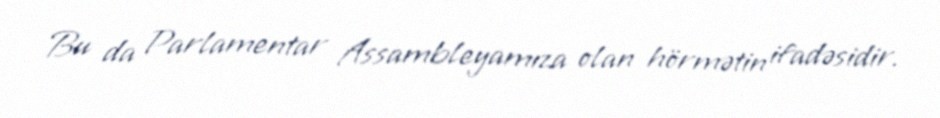
Bu da Parlamentar Assambleyamıza olan hörmətin ifadəsidir.